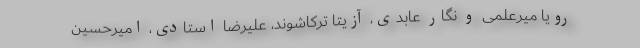
رویا میرعلمی و نگار عابدی، آزیتا ترکاشوند، علیرضا استادی، امیرحسین